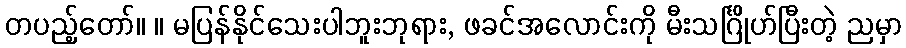
တပည့်တော်။ ။ မပြန်နိုင်သေးပါဘူးဘုရား, ဖခင်အလောင်းကို မီးသင်္ဂြိုဟ်ပြီးတဲ့ ညမှာ